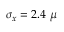
\sigma _ { x } = 2 . 4 \ \mu